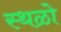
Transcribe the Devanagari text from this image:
स्थळो